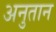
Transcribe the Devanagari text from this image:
अनुतान